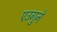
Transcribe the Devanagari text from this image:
एउगुने